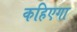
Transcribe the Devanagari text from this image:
कहिएगा